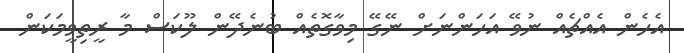
އެހެން އެއްޗެއް ނުވޭ އަހަންނަށް ނޭގޭ މިވާގޮތެއް ބުނެދޭން ލޫކަސް މާ ރީތިވީމަކަން